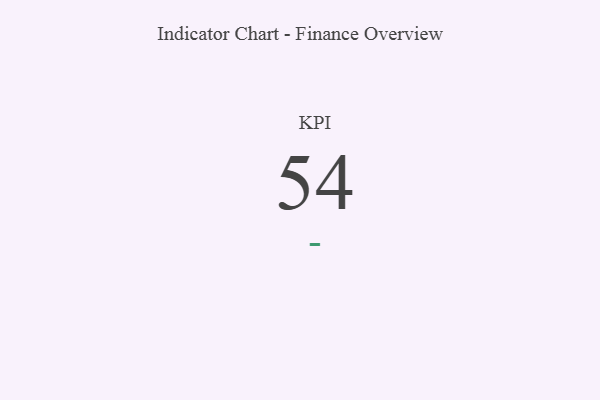
{"axis": {"x": "KPI", "y": "Value"}, "legend": [""], "data": [{"x": "KPI", "y": 54, "type": ""}]}